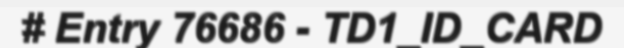
# Entry 76686 - TD1_ID_CARD